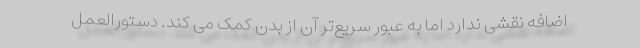
اضافه نقشی ندارد اما به عبور سریع‌تر آن از بدن کمک می کند. دستورالعمل